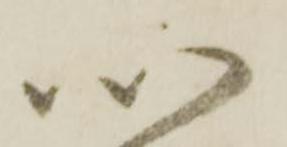
以